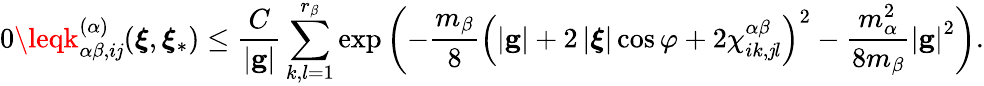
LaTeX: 0\leqk_{\alpha\beta,i\mathit{j}}^{\left(\alpha\right)}(\boldsymbol{\xi},\boldsymbol{\xi}_{\ast})\leq\frac{{C}}{{\left\vert\mathbf{{g}}\right\vert}}\sum_{k,l=1}^{r_{\beta}}\exp\left(-\frac{{m_{\beta}}}{{8}}\left(\left\vert\mathbf{{g}}\right\vert+2\left\vert\boldsymbol{\xi}\right\vert\cos\varphi+2\chi_{ik,\mathit{j}l}^{\alpha\beta}\right)^{2}-\frac{{m_{\alpha}^{2}}}{{8m_{\beta}}}\left\vert\mathbf{{g}}\right\vert^{2}\right)\mathrm{{.}}